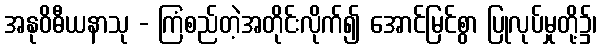
အနုဝိဓီယနာသု - ကြံစည်တဲ့အတိုင်းလိုက်၍ အောင်မြင်စွာ ပြုလုပ်မှုတို့၌၊